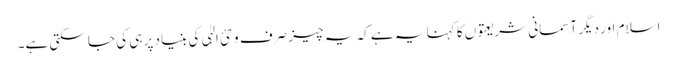
اسلام اور دیگر آسمانی شریعتوں کا کہنا یہ ہے کہ یہ چیز صرف وحئ الہٰی کی بنیاد پر ہی کی جا سکتی ہے۔